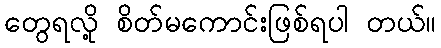
တွေရလို့ စိတ်မကောင်းဖြစ်ရပါ တယ်။